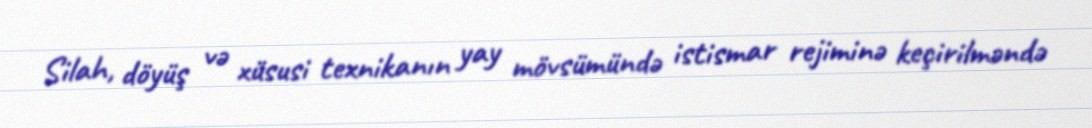
Silah, döyüş və xüsusi texnikanın yay mövsümündə istismar rejiminə keçirilməndə